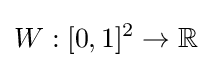
W:[0,1]^{2}\to \mathbb {R}